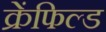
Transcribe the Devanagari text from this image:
क्रेंफिल्ड